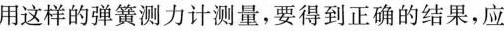
用这样的弹簧测力计测量，要得到正确的结果，应